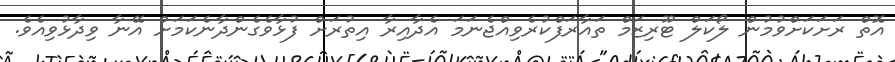
އޮތް ރަށަކަށްވުމުން ލޯކަލް ޓޫރިޒަމް ތައާރަފްކުރެވިއްޖެނަމަ އެދާއިރާ އިތުރަށް ފުޅާވެގެންދާނެކަމަށް އޭނާ ވިދާޅުވިއެވެ.